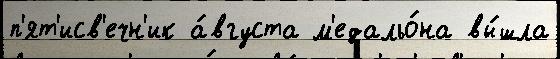
п'ят'исв'ечн'ик а́вгуста м'едальо́на вы́шла